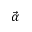
\vec { \alpha }